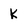
Character: K